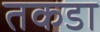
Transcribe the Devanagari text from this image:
तकडा